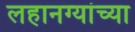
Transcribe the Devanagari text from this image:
लहानग्यांच्या